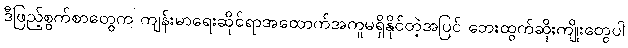
ဒီဖြည့်စွက်စာတွေက ကျန်းမာရေးဆိုင်ရာအထောက်အကူမရှိနိုင်တဲ့အပြင် ဘေးထွက်ဆိုးကျိုးတွေပါ